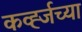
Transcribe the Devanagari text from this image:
कर्व्ह्जच्या